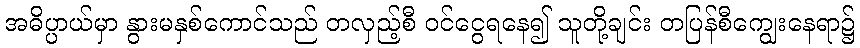
အဓိပ္ပာယ်မှာ နွားမနှစ်ကောင်သည် တလှည့်စီ ဝင်ငွေရနေ၍ သူတို့ချင်း တပြန်စီကျွေးနေရာ၌